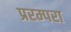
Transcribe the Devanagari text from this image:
प्ररम्परा